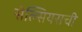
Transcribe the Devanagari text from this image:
सेल्सियसची